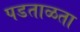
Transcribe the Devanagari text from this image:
पडताळता